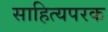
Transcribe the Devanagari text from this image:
साहित्यपरक